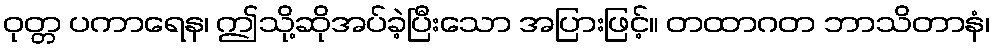
ဝုတ္တ ပကာရေန၊ ဤသို့ဆိုအပ်ခဲ့ပြီးသော အပြားဖြင့်။ တထာဂတ ဘာသိတာနံ၊